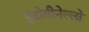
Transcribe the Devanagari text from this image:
इंदोवीनेल्लो